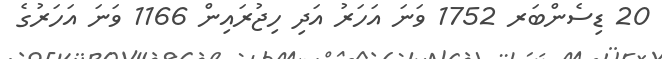
20 ޑިސެންބަރ 1752 ވަނަ އަހަރު އަދި ހިޖުރައިން 1166 ވަނަ އަހަރުގެ